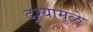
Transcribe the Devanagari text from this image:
दृश्यामुळे